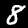
Digit: 8